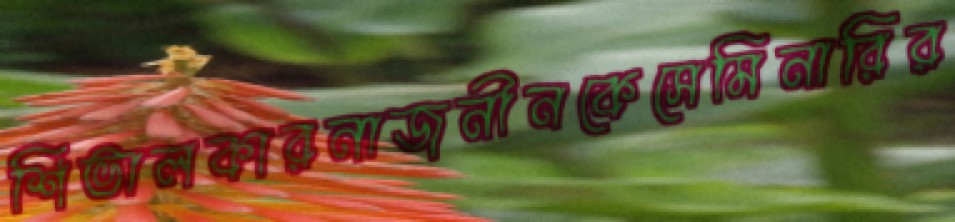
শিভালকারনাজনীনকেসেমিনারির